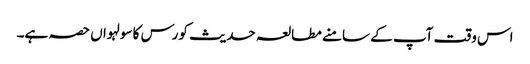
اس وقت آپ کے سامنے مطالعہ حدیث کورس کا سولہواں حصہ ہے۔